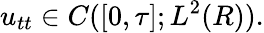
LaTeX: u_{tt}\in C([0,\tau];L^{2}(R)).